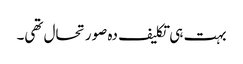
بہت ہی تکلیف دہ صورتحال تھی۔